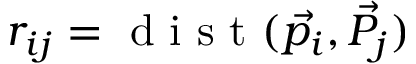
r _ { i j } = \mathrm { ~ d ~ i ~ s ~ t ~ } ( \vec { p _ { i } } , \vec { P _ { j } } )